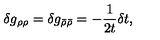
\delta g _ { \rho \rho } = \delta g _ { \bar { \rho } \bar { \rho } } = - \frac 1 { 2 t } \delta t ,